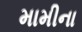
મામીના